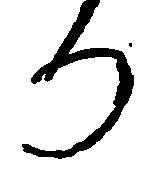
り